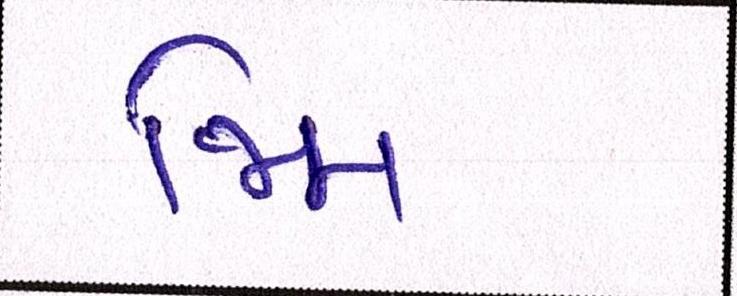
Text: જિમ